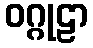
ဝဂ္ဂုဠာ